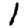
Digit: 1